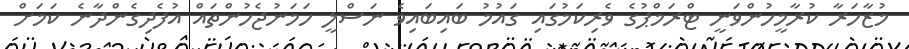
މުޒާހަރާ ކުރާމީހުންވަނީ ޓްރަމްޕުގެ ވެރިކަމުގައި ގައުމު ބައިބައިވެ ނަސްލީ ހަމަނުޖެހުންތައް އުފެދިގެންދާނެ ކަމަށް